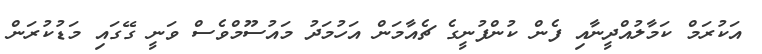
އަކުރަމް ކަމާލުއްދީނާއި ފެން ކުންފުނީގެ ޗެއާމަން އަހުމަދު މައުސޫމްވެސް ވަނީ ގޭގައި މަޑުކުރަން